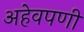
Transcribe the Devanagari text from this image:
अहेवपणी